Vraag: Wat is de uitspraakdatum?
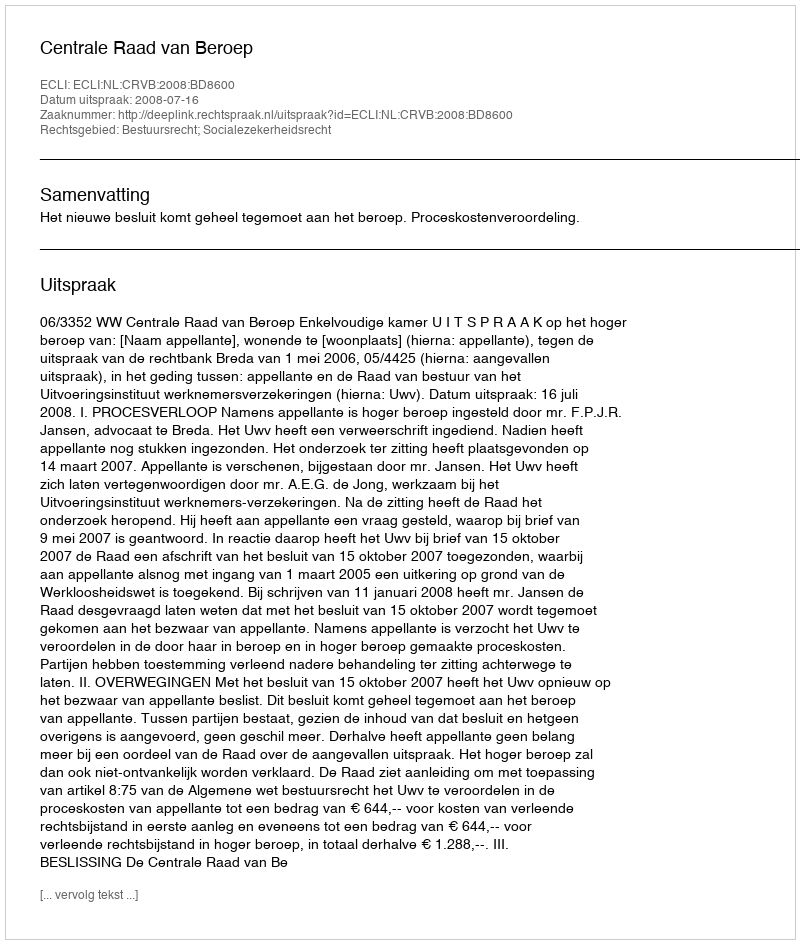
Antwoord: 2008-07-16